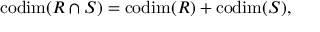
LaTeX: \mathrm { c o d i m } ( R \cap S ) = \mathrm { c o d i m } ( R ) + \mathrm { c o d i m } ( S ) ,